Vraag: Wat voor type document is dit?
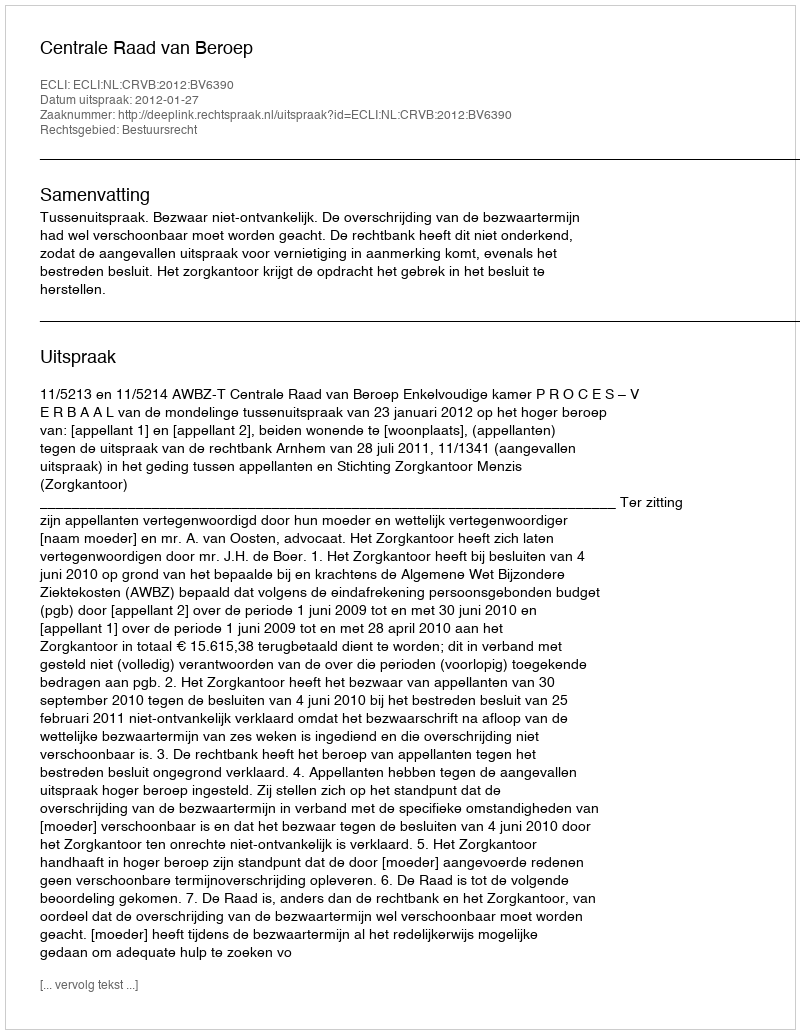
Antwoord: Uitspraak